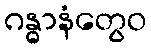
ဂန္ဓာနံတွေဝ